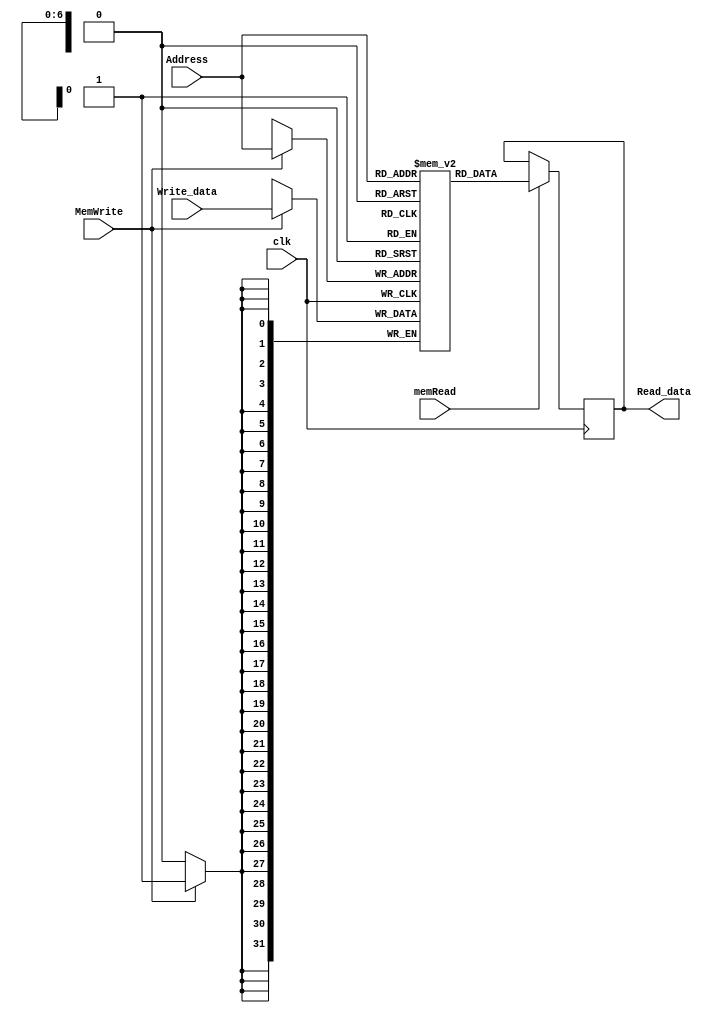
`timescale 1ns / 1ps
//////////////////////////////////////////////////////////////////////////////////
// Company: 
// Engineer: 
// 
// Design Name: 
// Module Name:    Data_Memory 
// Project Name: 
// Target Devices: 
// Tool versions: 
// Description: 
//
// Dependencies: 
//
// Revision: 
// Revision 0.01 - File Created
// Additional Comments: 
//
//////////////////////////////////////////////////////////////////////////////////
module Data_Memory(
    input [6:0] Address,
    input [31:0] Write_data,
    output reg[31:0] Read_data,
    input MemWrite,
    input memRead,
	 input clk
    );
	 
	reg [31:0]memory[127:0];
	initial begin
		memory[13] = 3;
	end
	
	always@(posedge clk)begin
		if(memRead)
			Read_data <= memory[Address];
		if(MemWrite)
			memory[Address] <= Write_data;
	end
	
endmodule